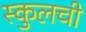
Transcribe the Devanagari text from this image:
स्कुलची